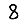
Digit: 8